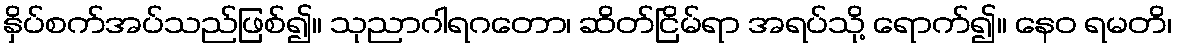
နှိပ်စက်အပ်သည်ဖြစ်၍။ သုညာဂါရဂတော၊ ဆိတ်ငြိမ်ရာ အရပ်သို့ ရောက်၍။ နေဝ ရမတိ၊